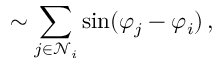
\sim \sum _ { j \in \mathcal { N } _ { i } } \sin ( \varphi _ { j } - \varphi _ { i } ) \, ,